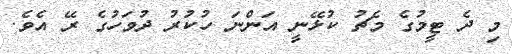
މި ދެ ޓީމުގެ މެޗު ކުޅޭނީ އަންނަ ހުކުރު ދުވަހުގެ ރޭ އެވެ.